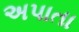
અપાતા